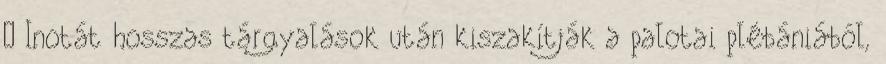
– Inotát hosszas tárgyalások után kiszakítják a palotai plébániából,